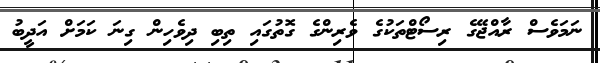
ނަމަވެސް ރާއްޖޭގެ ރިސޯޓްތަކުގެ ވެރިންގެ ގޮތުގައި ތިބި ދިވެހިން ގިނަ ކަމަށް އަދީބު